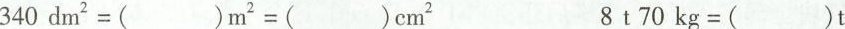
$$ 3 4 0 d m ^ { 2 } = () m ^ { 2 } = () c